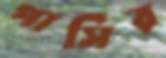
পার্সির